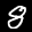
Label: 8